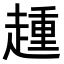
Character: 𧼩